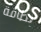
بطاقة